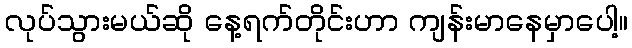
လုပ်သွားမယ်ဆို နေ့ရက်တိုင်းဟာ ကျန်းမာနေမှာပေါ့။